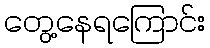
တွေ့နေရကြောင်း